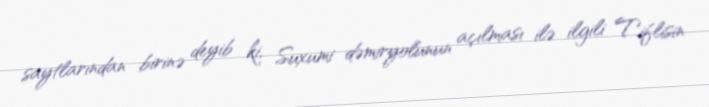
saytlarından birinə deyib ki, Suxumi dəmiryolunun açılması ilə ilgili Tiflisin